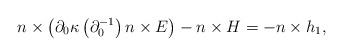
LaTeX: \begin{align*}n\times\left(\partial_{0}\kappa\left(\partial_{0}^{-1}\right)n\times E\right)-n\times H=-n\times h_{1},\end{align*}